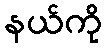
နယ်ကို